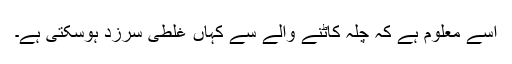
اسے معلوم ہے کہ چلہ کاٹنے والے سے کہاں غلطی سرزد ہوسکتی ہے۔